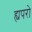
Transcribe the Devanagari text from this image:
ह्यपरो